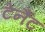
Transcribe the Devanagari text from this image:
टेनैंट